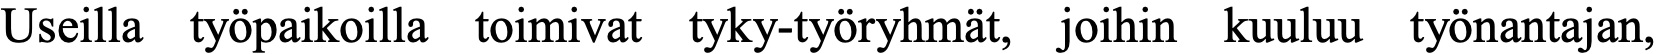
Useilla työpaikoilla toimivat tyky-työryhmät, joihin kuuluu työnantajan,